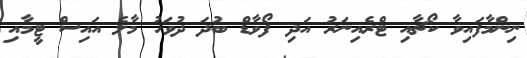
ނިންމާފައިވާ ކޯޗާއި ޓްރެއިނަރު އަދި ފޯވާޑް ބުދަ ދުވަހު މާލެ އައިސް ޓީމާއި